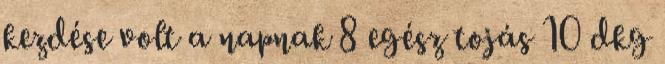
kezdése volt a napnak 8 egész tojás 10 dkg